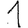
Digit: 1